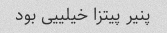
پنیر پیتزا خیلییی بود